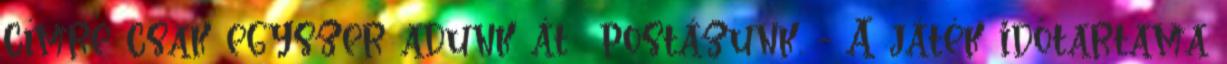
címre csak egyszer adunk át postázunk. - A játék időtartama